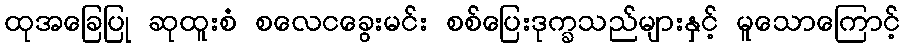
ထုအခြေပြု ဆုထူးစံ စလေငခွေးမင်း စစ်ပြေးဒုက္ခသည်များနှင့် မူသောကြောင့်